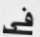
فى